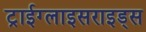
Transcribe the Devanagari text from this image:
ट्राईग्लाइसराइड्स